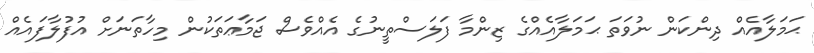
ޙަމަލާއެއް ދިންކަން ނުވަތަ ޙަމަލާއެއްގެ ޒިންމާ ފަލަސްތީނުގެ އެއްވެސް ޖަމާޢަތަކުން މިހާތަނަށް އުފުލާފައެއް